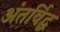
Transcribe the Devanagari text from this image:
अंतर्विद्ध